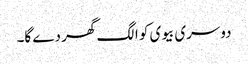
دوسری بیوی کو الگ گھر دے گا۔